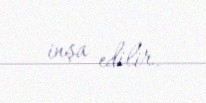
inşa edilir.